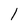
Character: l